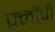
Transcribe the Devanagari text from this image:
फ़्लॉपी